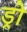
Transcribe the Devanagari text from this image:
ड्रो